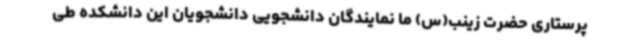
پرستاری حضرت زینب(س) ما نمایندگان دانشجویی دانشجویان این دانشکده طی